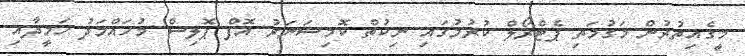
މީގެއިތުރުން މަގުމަތި ޕެޓްރޯލް ކުރުމުގައި ނިކުތް ކޮމިޝަނަރު އޮފް ޕޮލިސް މުހައްމަދު ހަމީދާއި